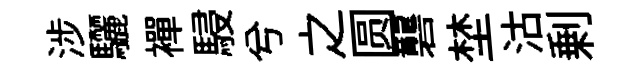
涉驪襌駸兮之圆礱埜沽剰